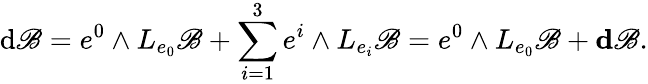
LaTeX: \mathrm{d}\mathscr{B}=e^{0}\wedge L_{e_{0}}\mathscr{B}+\sum_{i=1}^{3}e^{i}\wedge L_{e_{i}}\mathscr{B}=e^{0}\wedge L_{e_{0}}\mathscr{B}+\mathbf{d}\mathscr{B}.